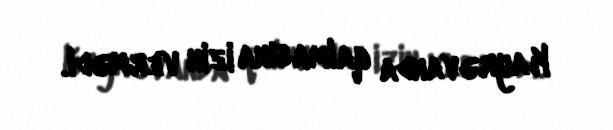
Kayrəvanda qalmasına izin vermədi.